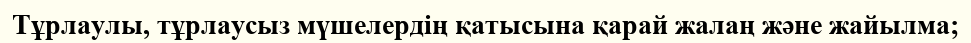
Тұрлаулы, тұрлаусыз мүшелердің қатысына қарай жалаң және жайылма;